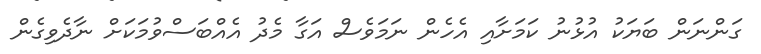
ގަންނަން ބަޔަކު އުޅުނު ކަމަށާއި އެހެން ނަމަވެސް އަގާ މެދު އެއްބަސްވުމަކަށް ނާދެވިގެން